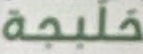
حلبجة